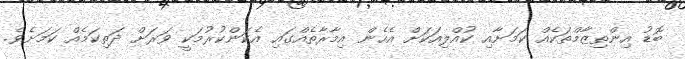
ބޮޑު އިންތިޒާމްތަކެއް ކަމަށާއި ކުއްލިއަކަށް އެހެން އިމާރާތެއްގައި އެކަންކުރުމަކީ ވަރަށް ދަތިކަމެއް ކަމަށެވެ.